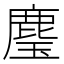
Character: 𮭳